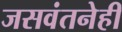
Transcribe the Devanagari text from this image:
जसवंतनेही